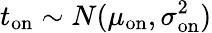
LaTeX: t_{\mathrm{on}}\sim N(\mu_{\mathrm{on}},\sigma_{\mathrm{on}}^{2})